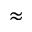
\approx